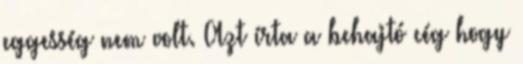
eggesség nem volt. Azt írta a behajtó cég hogy